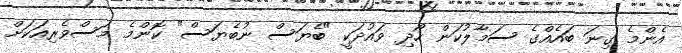
އެންމެ ގިނަ ބައެއްގެ ސަމާލުކަން ހޯދި ވައުދަކީ "ބެޔަސް ނުބެޔަސް" ކޮންމެ މަސްވެރިއަކަށް